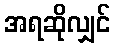
အရဆိုလျှင်